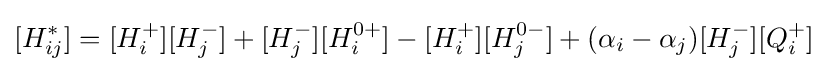
[H_{ij}^{\ast }]=[H_{i}^{+}][H_{j}^{-}]+[H_{j}^{-}][H_{i}^{0+}]-[H_{i}^{+}][H_{j}^{0-}]+(\alpha _{i}-\alpha _{j})[H_{j}^{-}][Q_{i}^{+}]